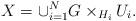
LaTeX: \begin{align*}X=\cup_{i=1}^N G\times_{H_i}U_i.\end{align*}